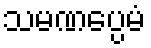
သမဏပ္ပေမံ